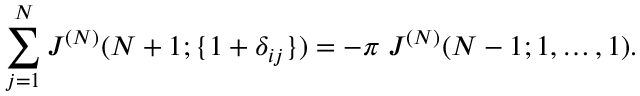
\sum _ { j = 1 } ^ { N } J ^ { ( N ) } ( N + 1 ; \{ 1 + \delta _ { i j } \} ) = - \pi \; J ^ { ( N ) } ( N - 1 ; 1 , \ldots , 1 ) .